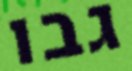
גבו